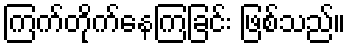
ကြက်တိုက်နေကြခြင်း ဖြစ်သည်။